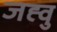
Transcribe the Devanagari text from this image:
जह्वु